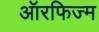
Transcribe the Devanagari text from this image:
ऑरफिज्म